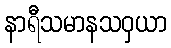
နာရီသမာနသဝှယာ